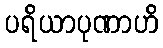
ပရိယာပုဏာဟိ